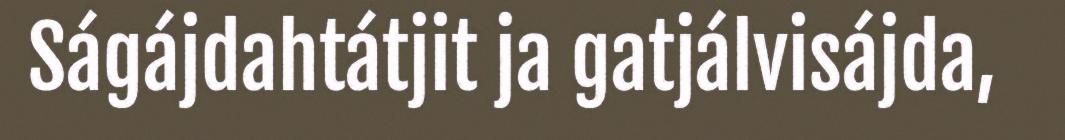
Ságájdahtátjit ja gatjálvisájda,